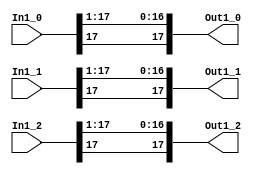
// -------------------------------------------------------------
// 
// 
// Generated by MATLAB 8.2 and HDL Coder 3.3
// 
// -------------------------------------------------------------


// -------------------------------------------------------------
// 
// Module: velocityControlHdl_Double_Range
// Source Path: velocityControlHdl/Space_Vector_Modulation/Double_Range
// Hierarchy Level: 5
// 
// -------------------------------------------------------------

`timescale 1 ns / 1 ns

module velocityControlHdl_Double_Range
          (
           In1_0,
           In1_1,
           In1_2,
           Out1_0,
           Out1_1,
           Out1_2
          );


  input   signed [17:0] In1_0;  // sfix18_En13
  input   signed [17:0] In1_1;  // sfix18_En13
  input   signed [17:0] In1_2;  // sfix18_En13
  output  signed [17:0] Out1_0;  // sfix18_En12
  output  signed [17:0] Out1_1;  // sfix18_En12
  output  signed [17:0] Out1_2;  // sfix18_En12


  wire signed [17:0] In1 [0:2];  // sfix18_En13 [3]
  wire signed [17:0] Data_Type_Conversion_out1 [0:2];  // sfix18_En12 [3]


  assign In1[0] = In1_0;
  assign In1[1] = In1_1;
  assign In1[2] = In1_2;

  // <S40>/Data Type Conversion
  assign Data_Type_Conversion_out1[0] = {In1[0][17], In1[0][17:1]};
  assign Data_Type_Conversion_out1[1] = {In1[1][17], In1[1][17:1]};
  assign Data_Type_Conversion_out1[2] = {In1[2][17], In1[2][17:1]};



  assign Out1_0 = Data_Type_Conversion_out1[0];

  assign Out1_1 = Data_Type_Conversion_out1[1];

  assign Out1_2 = Data_Type_Conversion_out1[2];

endmodule  // velocityControlHdl_Double_Range